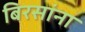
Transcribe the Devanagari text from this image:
बिरसांना